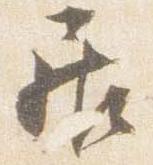
居